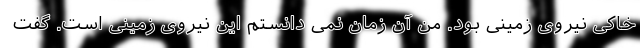
خاکی نیروی زمینی بود. من آن زمان نمی دانستم این نیروی زمینی است. گفت